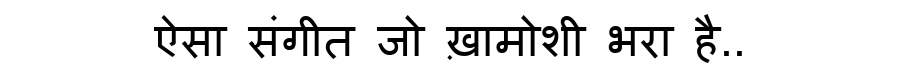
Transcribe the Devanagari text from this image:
ऐसा संगीत जो ख़ामोशी भरा है..